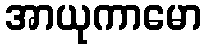
အာယုကာမော